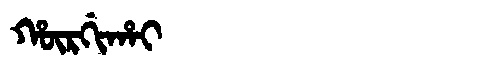
Manchu: ᡥᡡᡵᡤᡳᡥᠠᡳ
Romanization: HŪRGIHAI